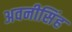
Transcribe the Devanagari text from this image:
अवनीसिंह